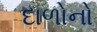
દાળોનો